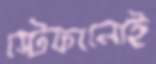
স্টেফানোই